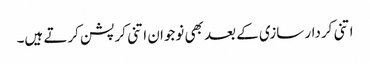
اتنی کردار سازی کے بعد بھی نوجوان اتنی کرپشن کرتے ہیں۔